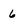
Character: 6